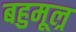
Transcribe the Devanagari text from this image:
बहुमूल्र